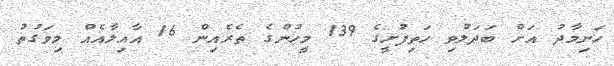
ހަނިމާދު އަށް ބަދަލުވި ހަތިފުށީގެ 139 މީހުންގެ ތެރެއިން 16 އާއިލާއެއް މިވަގުތު